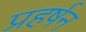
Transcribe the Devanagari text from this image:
प्रहर्षन